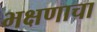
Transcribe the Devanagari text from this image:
भक्षणाचा